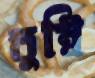
তুম্বি